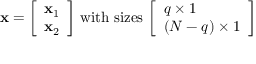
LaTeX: \mathbf { x } = { \left[ \begin{array} { l } { \mathbf { x } _ { 1 } } \\ { \mathbf { x } _ { 2 } } \end{array} \right] } { \mathrm { ~ w i t h ~ s i z e s ~ } } { \left[ \begin{array} { l } { q \times 1 } \\ { ( N - q ) \times 1 } \end{array} \right] }